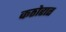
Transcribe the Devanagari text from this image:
कठोरात